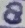
Text: 8